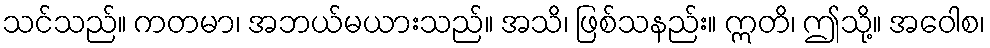
သင်သည်။ ကတမာ၊ အဘယ်မယားသည်။ အသိ၊ ဖြစ်သနည်း။ ဣတိ၊ ဤသို့။ အဝေါစ၊